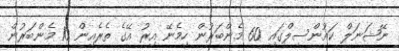
ނޭޝަނަލް ކައުންސިލްގައި 60 މެންބަރުން ހިމެނޭ އިރު އޭގެ ތެރެއިން 10 މެންބަރުން